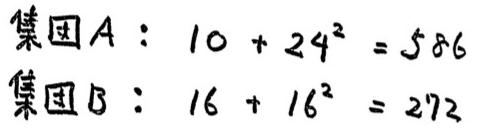
集团A：$10 + 24^{2} = 586$
集团B：$16 + 16^{2} = 272$